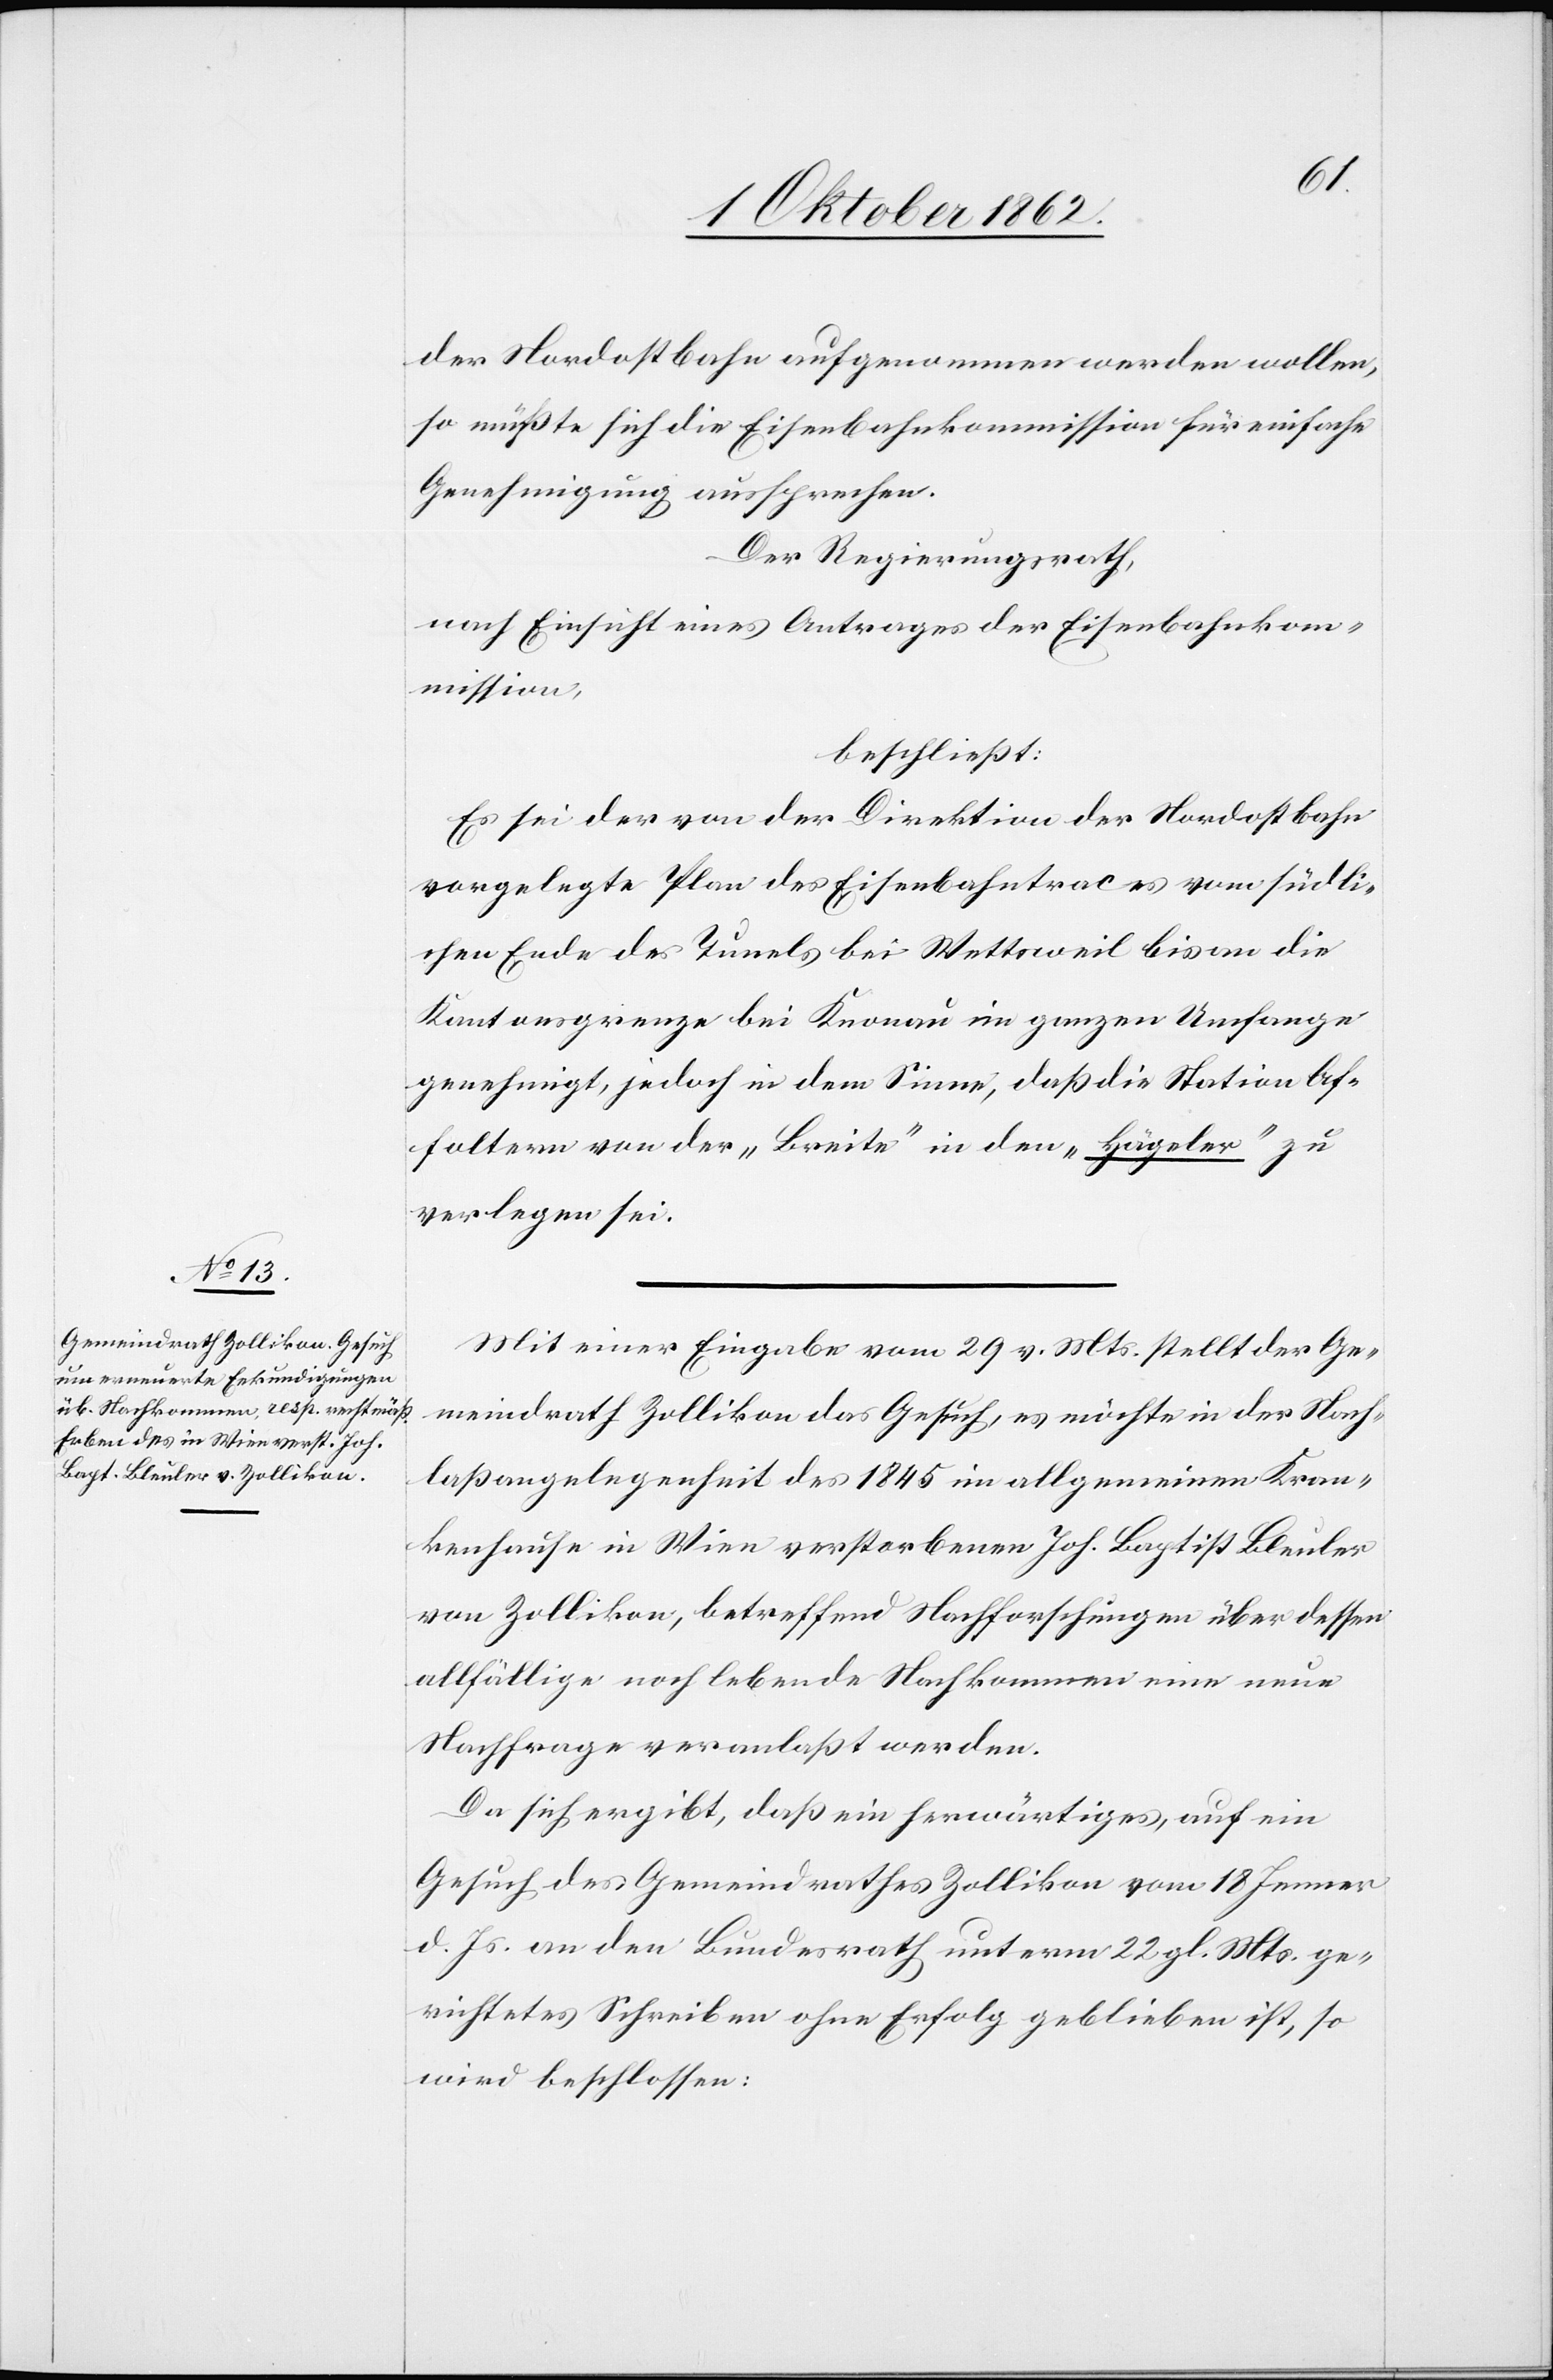
der Nordostbahn aufgenommen werden wollen,
so müßte sich die Eisenbahnkommission für einfache
Genehmigung aussprechen.
Der Regierungsrath,
nach Einsicht eines Antrages der Eisenbahnkom¬
mission,
beschließt:
Es sei der von der Direktion der Nordostbahn
vorgelegte Plan des Eisenbahntraces vom südli¬
chen Ende des Tunels bei Wettsweil bis an die
Kantonsgrenze bei Knonau im ganzen Umfange
genehmigt, jedoch in dem Sinne, daß die Station Af¬
foltern von der „Breite“ in den „Hägeler“ zu
verlegen sei.
Mit einer Eingabe vom 29. v. Mts. stellt der Ge¬
meindrath Zollikon das Gesuch, es möchte in der Nach¬
laßangelegenheit des 1845 im allgemeinen Kran¬
kenhause in Wien verstorbenen Joh. Baptist Bleuler
von Zollikon, betreffend Nachforschungen über dessen
allfällige noch lebende Nachkommen eine neue
Nachfrage veranlaßt werden.
Da sich ergibt, daß ein herwärtiges, auf ein
Gesuch des Gemeindrathes Zollikon vom 18. Jenner
d. Js. an den Bundesrath unterm 22. gl. Mts. ge¬
richtetes Schreiben ohne Erfolg geblieben ist, so
wird beschlossen: